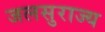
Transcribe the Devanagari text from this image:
जलसुराज्य